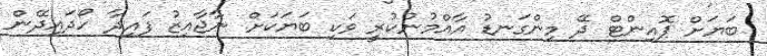
ބަޔަށް ޕޮއިންޓް ދޭ މިންގަނޑު އާއްމުނުކުރީ ވަކި ބަޔަކަށް ނާޖާއިޒު ފައިދާ ހޯދައިދޭން